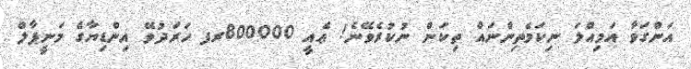
އަންގަވާ އަމިއްލަ ނިކަމެތިންނައް ތިކަން ނުކުރެވޭނެ! ޢެއީ 800000ރފ ހަރަދުވޭ އިންޑިޔާގެ މަނީޕާލް